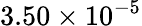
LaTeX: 3.50\times 10^{-5}